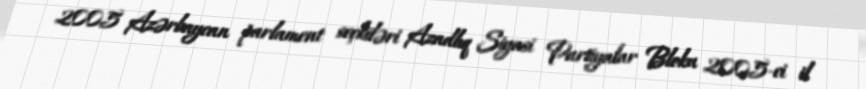
2005 Azərbaycan parlament seçkiləri Azadlıq Siyasi Partiyalar Bloku 2005-ci il